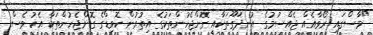
"މާސްގައި ރޯވާއެއް ޖެއްސުމުގެ އުނދަގޫތަކާއި ގޮންޖެހުންތަކުގެ އިތުރުން ކޮވިޑްގެ ގޮންޖެހުންތަކާ އެކު ވެސް